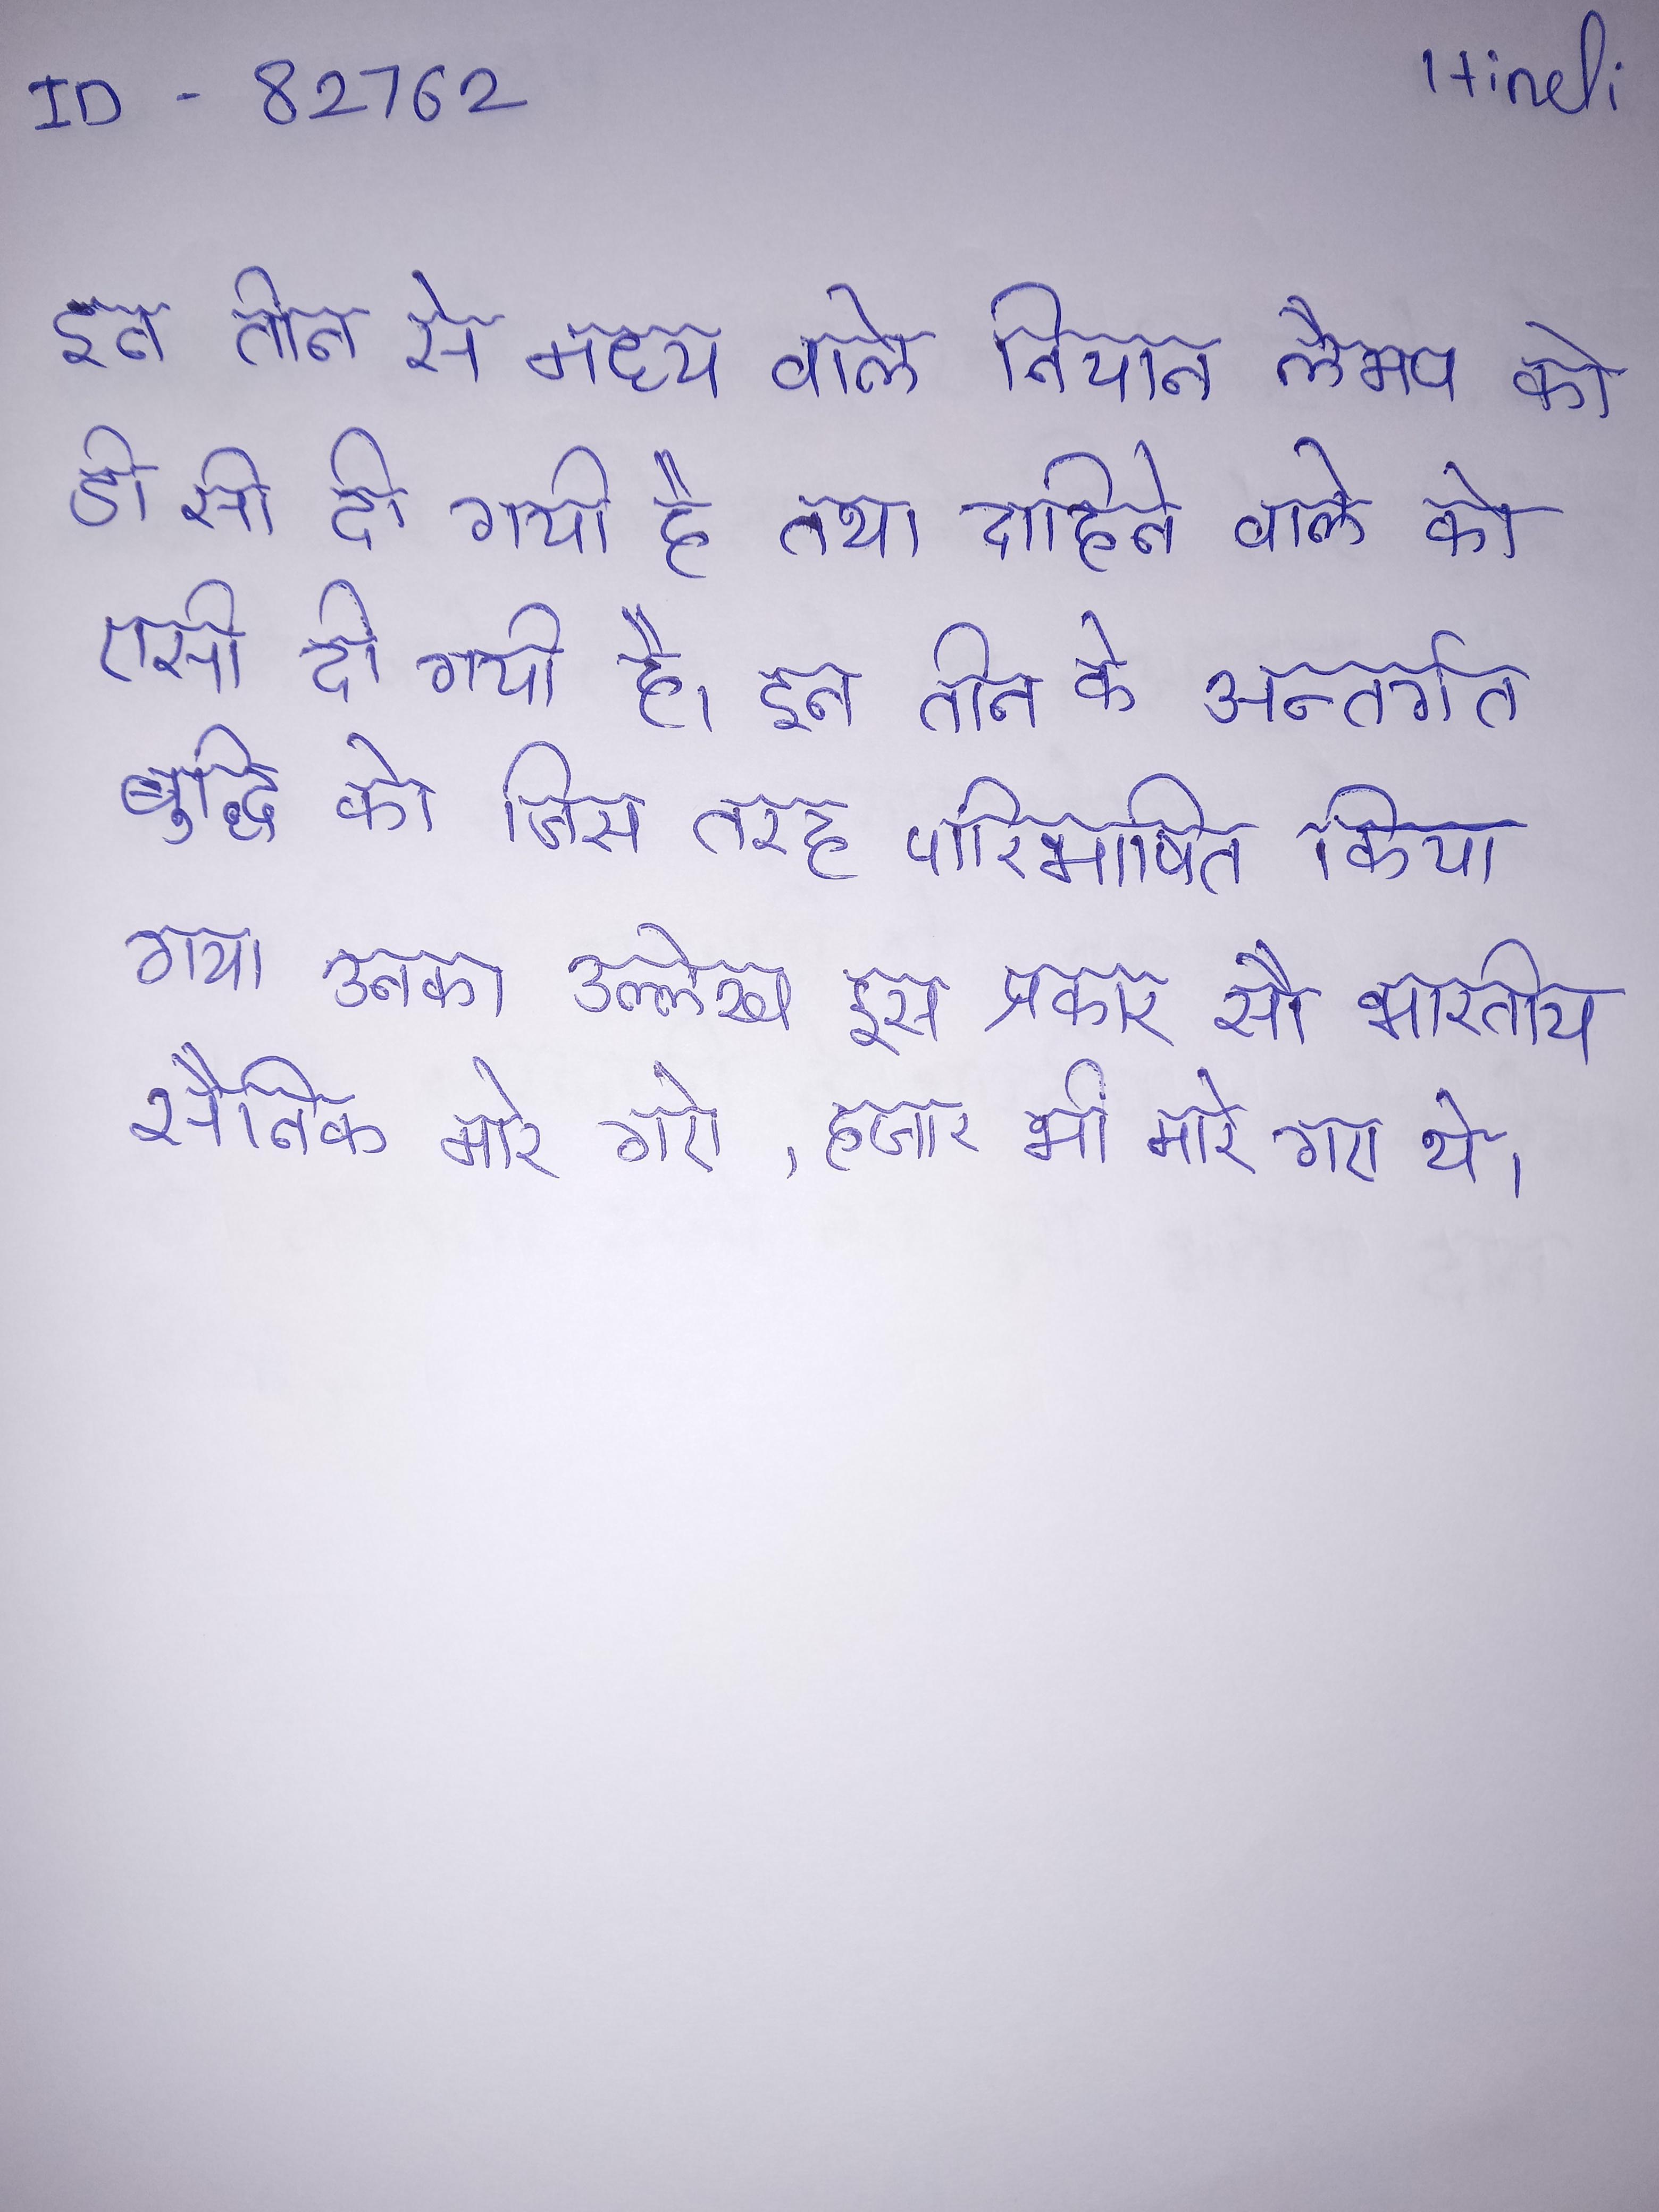
इन तीन से मध्य वाले नियान लैम्प को डी सी दी गयी है तथा दाहिने वाले को एसी दी गयी है । इन तीन के अन्तर्गत बुद्धि को जिस तरह पारिभाषित किया गया उनका उल्लेख इस प्रकार है इन तीन ग्यारह सौ भारतीय सैनिक मारे गए, हजार भी मारे गए थे ।